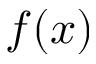
f ( x )